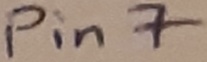
Text: Pin7